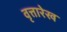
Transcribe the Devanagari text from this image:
वृत्तारेख